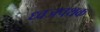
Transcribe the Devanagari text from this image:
ध्वजपथक